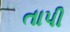
તાપી